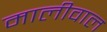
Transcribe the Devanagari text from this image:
मालीवाल